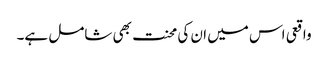
واقعی اس میں ان کی محنت بھی شامل ہے۔